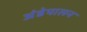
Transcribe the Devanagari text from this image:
अंडेपालन